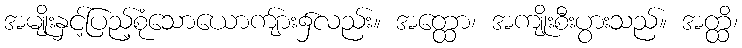
အမျိုးနှင့်ပြည့်စုံသောယောကျ်ား၌လည်း။ အတ္ထော၊ အကျိုးစီးပွားသည်။ အတ္ထိ၊